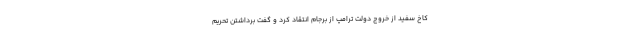
کاخ سفید از خروج دولت ترامپ از برجام انتقاد کرد و گفت برداشتن تحریم